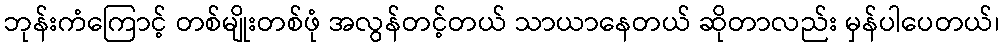
ဘုန်းကံကြောင့် တစ်မျိုးတစ်ဖုံ အလွန်တင့်တယ် သာယာနေတယ် ဆိုတာလည်း မှန်ပါပေတယ်၊